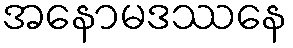
အနောမဒဿနေ